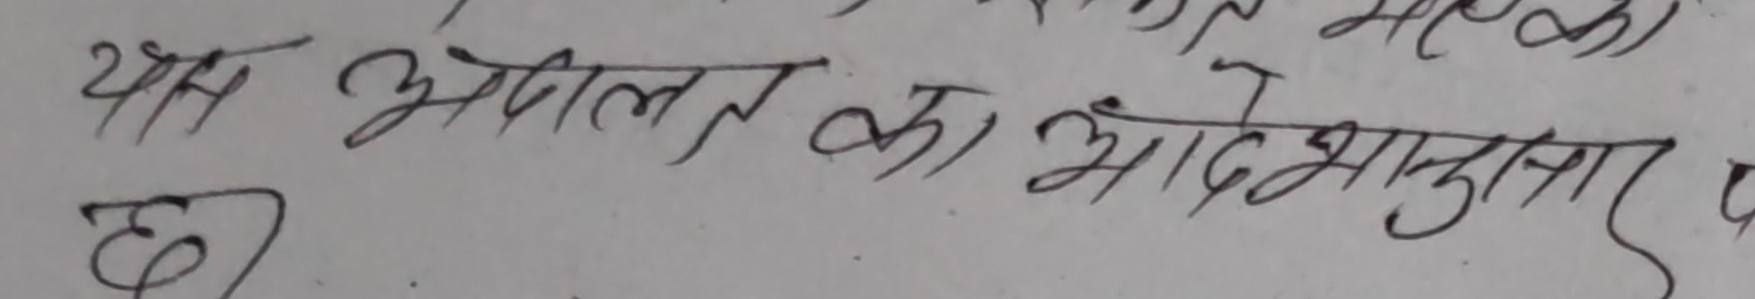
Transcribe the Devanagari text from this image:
यह अपील का आदेशानुसार है।